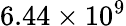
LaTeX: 6.44\times 10^{9}